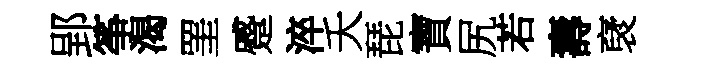
郢筝渴罣蹙淬夭琵寶尻若壽裦